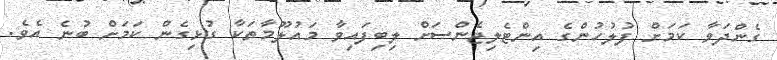
ގެންދަވާ ކަމަށް ފުލުހުންގެ އިންޓެލިޖެންސަށް ލިބިފައިވާ މައުލޫމާތަކާ ގުޅިގެން ކަމަށް ބުނެ އެވެ.